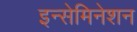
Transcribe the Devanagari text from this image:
इन्सेमिनेशन